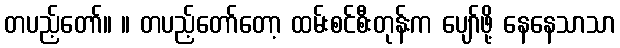
တပည့်တော်။ ။ တပည့်တော်တော့ ထမ်းစင်စီးတုန်းက ပျော်ဖို့ နေနေသာသာ